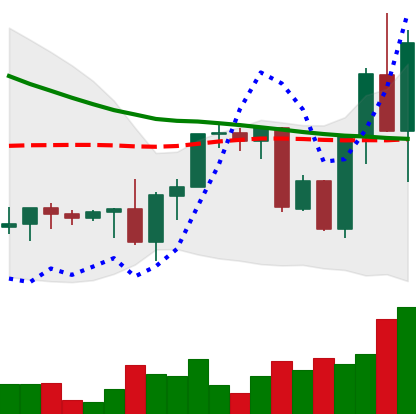
Ticker: XRP-USD
Chart end date: 2022-09-19
Forward return: 26.259%
Label: up_7plus